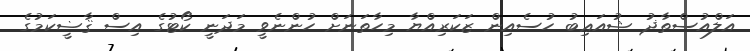
އަލްއުސްތާޛު ޝުއަޢިބު ހުސެއިން ޒަކަރިއްޔާ މިހާތަނަށް ހުންނެވީ މަދަނީ ކޯޓުގެ އިސް ޤާޟީކަމުގެ